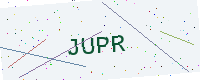
Text: JUPR